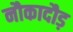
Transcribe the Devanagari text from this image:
नौकादौड़